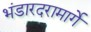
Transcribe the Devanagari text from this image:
भंडारदरामार्गे